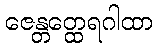
ဇေန္တတ္ထေရဂါထာ